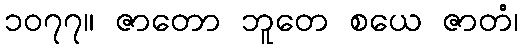
၁၀၇၇။ ဇာတော ဘူတေ စယေ ဇာတံ၊